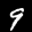
Label: 9